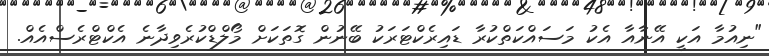
"ނިއުމާ އަކީ އޭނާއާ އެކު މަސައްކަތްކުރާ ޑައިރެކްޓަރަކު ބޭނުން ގޮތަކަށް މޯލްޑްކުރެވިދާނެ އެކްޓްރެސްއެއް.